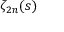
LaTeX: \zeta _ { 2 n } ( s )